Annual administration report of the Civil Veterinary Department of India - 1898-1899
Year: 1898
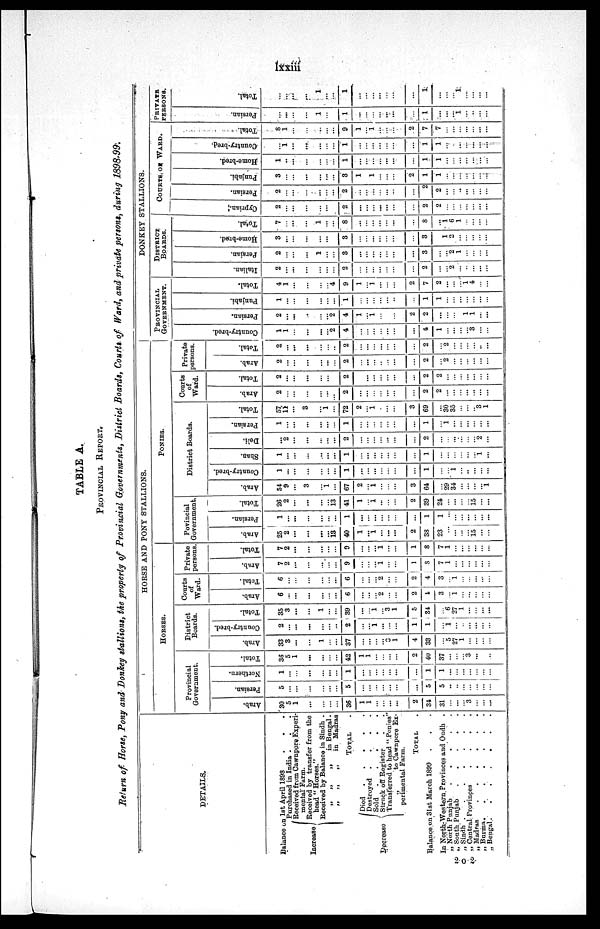
lxxiii
TABLE A.
PROVINCIAL REPORT.
Return of Horse, Pony and Donkey stallions, the property of Provincial Governments, District Boards, Courts of Ward, and private persons, during 1898-99.
DETAILS.
Balance on 1st April 1893
.
.
.
Increase
Purchased in India . . .
Received from Cawnpore Experi-
mental Farm.
Received by transfer from the
head "Horses."
Received by Balance in Sindh .
„
„
„
in Bengal.
„
„
„
in Madras
Total .
Decrease
Died
.
.
.
.
Destroyed
.
.
.
.
Sold
.
.
.
.
Struck off Register
Transferred to head "Ponies"
„
to Cawnpore Ex-
perimental Farm.
TOTAL .
Balance on 31st March 1899 . . .
In North-Western Provinces and Oudh .
„ North Punjab
.
.
.
.
.
202 „ South Punjab
.
.
.
.
„ Sindh .
.
.
.
.
.
.
„ Central Provinçes
.
.
.
.
„
Madras.
.
.
.
.
.
„ Burma .
.
.
.
.
.
.
„ Bengal .
.
.
.
.
.
.
HORSE AND PONT STALLIONS.
HORSES.
Provincial
Government.
Arab.
30
5
1
...
...
...
...
36
1
1
...
...
...
...
2
34
31
...
...
... 3
...
...
...
Persian.
5
...
...
...
...
...
...
5
...
...
...
...
...
...
...
5
5
..
..
...
...
...
...
...
Northern.
1
...
...
...
...
...
...
1
...
...
...
...
...
...
...
1
1
...
...
...
...
...
...
...
Total.
36
5
1
...
...
...
...
...
42
1
1
...
...
...
...
2
40
37
...
...
... 3
...
...
...
District
Boards.
Arab.
33
3
...
...
...
1
...
...
37
...
...
...
...
... 1
4
33
...
5
27
1
...
...
...
...
Country-bred.
2
...
...
...
...
...
...
2
...
...
1
...
...
...
1
1
...
1
...
...
...
...
...
...
Total.
35
3
...
...
1
...
...
39
...
...
1
...
3
1
5
34
...
6
27
1
...
...
...
...
Courts
of
Ward.
Arab.
6
...
...
...
...
...
...
6
...
...
... 2
...
...
2
4
3
... 1
...
...
...
...
...
Total.
6
...
...
...
...
...
...
6
...
...
... 2
...
...
2
4
3
... 1
...
...
...
...
...
Private
persons.
Arab.
7
2
...
...
...
...
9
...
...
... 1
...
...
1
8
7
1
...
...
...
...
...
...
Total.
7
2
...
...
...
...
...
9
...
...
... 1
...
...
1
8
7
1
...
...
...
...
...
...
PONIES.
Povincial
Government.
Arab.
25
2
...
...
...
...
13
40
1
... 1
...
...
...
2
38
23
...
...
...
...
15
...
...
Persian.
1
...
...
...
...
...
...
1
...
...
...
...
...
...
...
1
1
...
...
...
...
...
...
...
Total.
26
2
...
...
...
... 13
41
1
...
1
...
...
...
2
39
24
...
...
...
...
15
...
...
District Boards.
Arab.
54
9
...
3
...
1
...
67
2
... 1
...
...
...
3
64
...
29
34
...
...
...
... 1
Country-bred.
1
...
...
...
...
...
...
1
...
...
...
...
...
...
...
1
...
...
1
...
..
...
...
...
Shan.
1
...
...
...
...
...
...
1
...
...
...
...
...
...
...
1
...
...
...
...
...
...
1
...
Deli.
...
2
...
...
...
...
...
2
...
...
...
...
...
...
...
2
...
...
...
...
...
... 2
...
Persian.
1
...
...
...
...
...
...
1
...
...
...
...
...
...
...
1
...
1
...
...
...
...
...
...
Total.
57.
11
...
3
...
1
...
72
2
...
i
...
...
...
3
69
...
30
35
...
...
... 3
1
Courts
of
Ward.
Arab.
2
...
...
...
...
...
...
2
...
...
...
...
...
...
...
2
2
...
...
...
...
...
...
...
Total.
2
...
...
...
...
...
...
2
...
...
...
...
...
...
...
2
2
...
...
...
...
...
...
...
Private
persons.
Arab.
2
...
...
...
...
...
...
2
...
...
...
...
...
...
...
2
...
2
...
...
...
...
...
Total.
2
...
...
...
...
...
..
2
...
...
...
...
...
...
...
2
...
2
...
...
...
...
..
...
DONKEY STALLIONS.
PROVINCIAL
GOVERNMENT.
Count r
y- br ed.
1
1
...
...
...
... 2
4
...
...
...
...
...
...
...
4
1
...
...
...
...
3
...
...
Persian.
2
...
...
..
...
... 2
4
1
... 1
...
...
...
2
2
...
...
...
... 1
1
...
...
Punjabi.
1
...
...
... ...
...
...
...
1
...
...
...
...
...
..
...
1
1
...
...
...
...
...
...
...
Tot al .
4
1
...
...
...
...
4
9
1
...
1
...
...
...
2
7
2
...
...
... 1
4
...
...
DISTRICE
BOARDS.
Italian.
2
...
...
...
...
...
...
2
...
...
...
...
...
...
...
2
...
2
...
...
...
...
...
Per si an.
2
...
...
...
1
...
...
3
...
...
...
...
...
...
...
3
...
... 2
1
...
...
...
...
Home -
br e d.
3
...
...
...
...
...
3
...
...
...
...
...
...
...
3
...
1
2
...
...
...
...
...
Tot al .
7
...
...
...
1
...
...
8
...
...
...
...
...
...
...
8
...
1
6
1
...
...
...
...
COURTS OF WARD.
Cypr i
an
2
...
...
...
...
...
...
2
...
...
...
...
...
...
...
2
2
...
...
...
...
...
...
...
Per si an.
2
...
...
...
...
...
...
2
...
...
...
...
...
...
...
2
2
...
...
...
...
...
...
...
Punj abi .
3
...
...
...
...
...
...
3
1
... 1
...
...
...
2
1
1
...
...
...
...
...
...
...
Home -
br e d.
1
..
...
...
...
...
...
1
...
...
...
...
...
1
1
...
...
...
...
...
...
...
Count r
y- br ed.
...
1
...
...
...
...
...
1
...
...
...
...
...
...
...
1
1
...
...
...
...
...
...
...
Tot al .
8
1
...
...
...
...
...
9
1
...
1
...
...
...
2
7
7
...
...
...
...
...
...
...
PRIVATE
PERSONS.
Per si an.
...
...
...
...
1
...
...
1
...
...
...
...
...
...
...
1
...
...
...
1
...
...
...
...
Total.
...
...
...
...
1
...
...
1
...
...
...
...
...
...
...
1
...
...
...
1
...
...
...
...
2-0-0